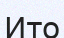
Ито